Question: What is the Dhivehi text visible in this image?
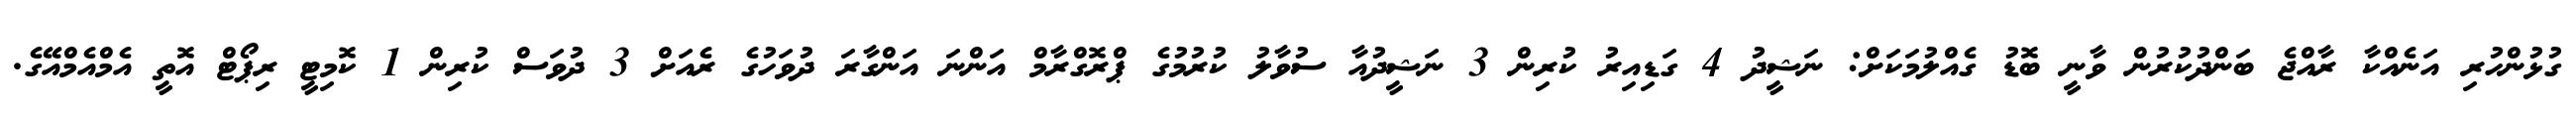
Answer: ގުޅުންހުރި އަނެއްކާ ރާއްޖެ ބަންދުކުރުން ވާނީ ބޮޑު ގެއްލުމަކަށް: ނަޝީދު 4 ގަޑިއިރު ކުރިން 3 ނަޝީދުއާ ސުވާލު ކުރުމުގެ ޕްރޮގްރާމް އަންނަ އަންގާރަ ދުވަހުގެ ރެއަށް 3 ދުވަސް ކުރިން 1 ކޮމިޓީ ރިޕޯޓް އޮތީ އެމްއެމްއޭގެ.